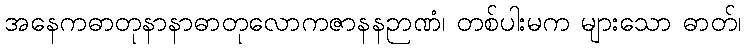
အနေကဓာတုနာနာဓာတုလောကဇာနနဉာဏံ၊ တစ်ပါးမက များသော ဓာတ်၊